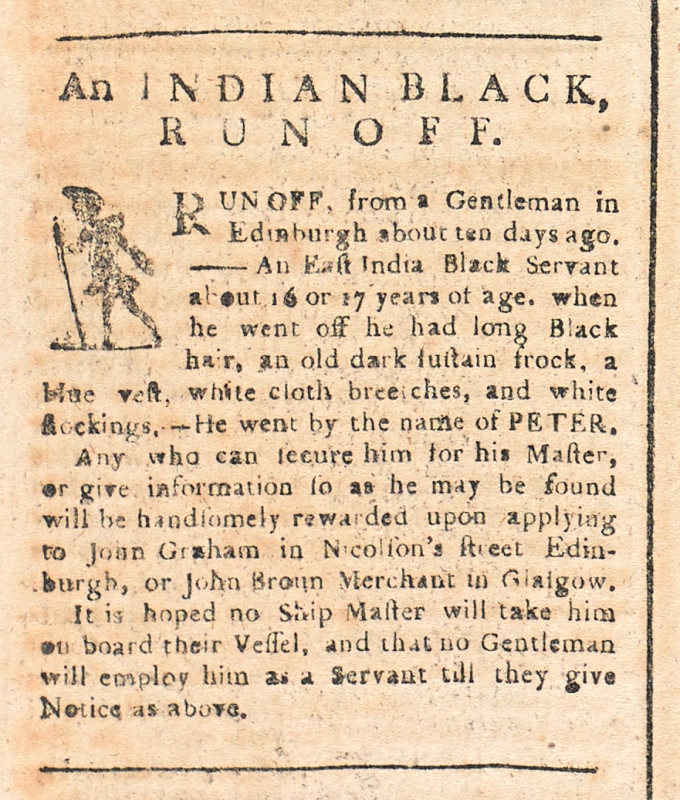
Glasgow Journal, 17 December 1772 (Scotland)
An INDIAN BLACK, RUN OFF.RUN OFF, from a Gentleman in Edinburgh about ten days ago. – An East India Black Servant about 16 or 17 years of age. when he went off he had long Black hair, an old dark fustain frock, a blue vest, white cloth breeches, and white stockings. – He went by the name of PETER.   Any who can secure him for his Master, or give information so as he may be found will be handsomely rewarded upon applying to John Graham in Nicolson’s street Edinburgh, or John Broun Merchant in Glasgow.   It is hoped no Ship Master will take him on board their Vessel, and that no Gentleman will employ him as a Servant till they give Notice as above.